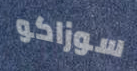
سوزاكو